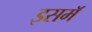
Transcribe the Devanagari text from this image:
इसमॅ